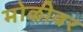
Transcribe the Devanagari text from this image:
मोळीवर